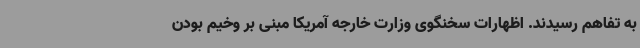
به تفاهم رسیدند. اظهارات سخنگوی وزارت خارجه آمریکا مبنی بر وخیم بودن